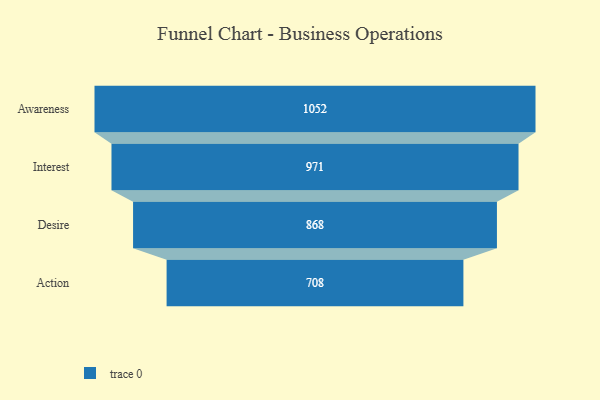
{"axis": {"x": "Stage", "y": "Value"}, "legend": [""], "data": [{"x": "Awareness", "y": 1052.0, "type": ""}, {"x": "Interest", "y": 971.0, "type": ""}, {"x": "Desire", "y": 868.0, "type": ""}, {"x": "Action", "y": 708.0, "type": ""}]}